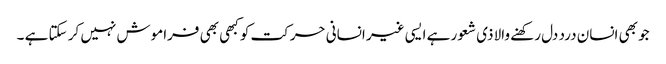
جو بھی انسان درد دل رکھنے والا ذی شعور ہے ایسی غیر انسانی حرکت کو کبھی بھی فراموش نہیں کر سکتا ہے ۔